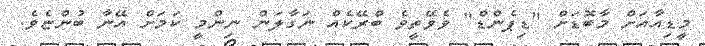
މީޑިއާއަށް މާބޮޑަށް "ޑިޕެންޑް" ވެވޭތީވެ ބްރޭކެއް ނަގާލަން ނިންމީ ކަމަށް އޭނާ ބުންޏެވެ.